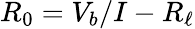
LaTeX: R_{0}=V_{b}/I-R_{\ell}